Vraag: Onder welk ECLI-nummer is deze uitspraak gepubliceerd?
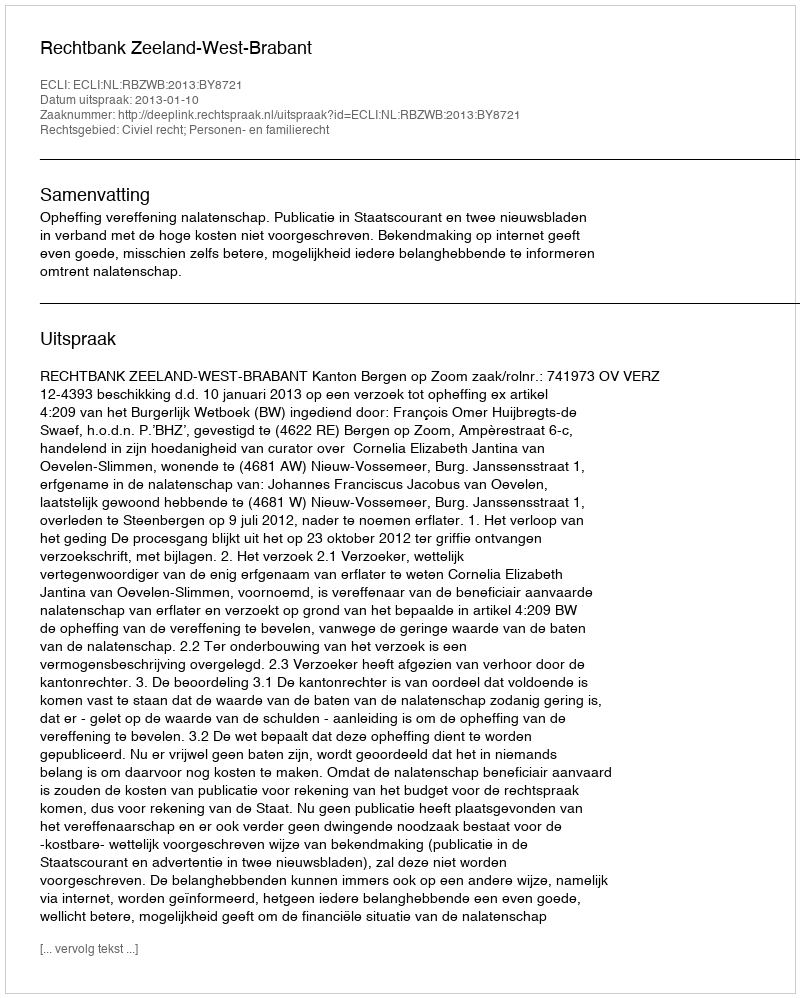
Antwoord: ECLI:NL:RBZWB:2013:BY8721